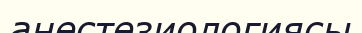
анестезиологиясы